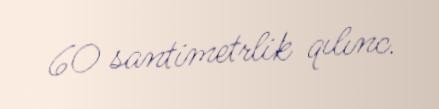
60 santimetrlik qılınc.